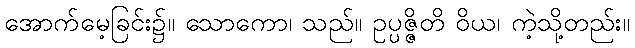
အောက်မေ့ခြင်း၌။ သောကော၊ သည်။ ဥပ္ပဇ္ဇိတိ ဝိယ၊ ကဲ့သို့တည်း။